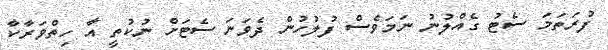
ފުރަތަމަ ސެޓު ގެއްލުނު ނަމަވެސް ފުލުހުން ދެވަނަ ސެޓަށް ނުކުތީ އާ ހިތްވަރާކާ